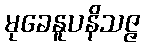
မုခေနူပနိသဇ္ဇ